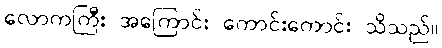
လောကကြီး အကြောင်း ကောင်းကောင်း သိသည်။